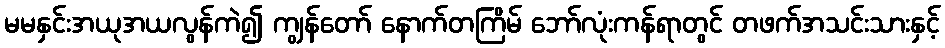
မမနှင်းအယုအယလွန်ကဲ၍ ကျွန်တော် နောက်တကြိမ် ဘော်လုံးကန်ရာတွင် တဖက်အသင်းသားနှင့်